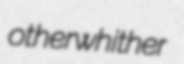
otherwhither